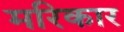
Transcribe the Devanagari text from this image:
मरिकार